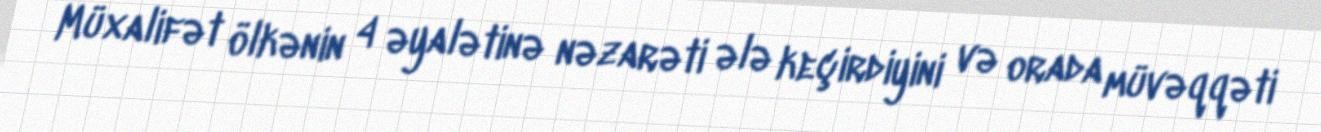
Müxalifət ölkənin 4 əyalətinə nəzarəti ələ keçirdiyini və orada müvəqqəti